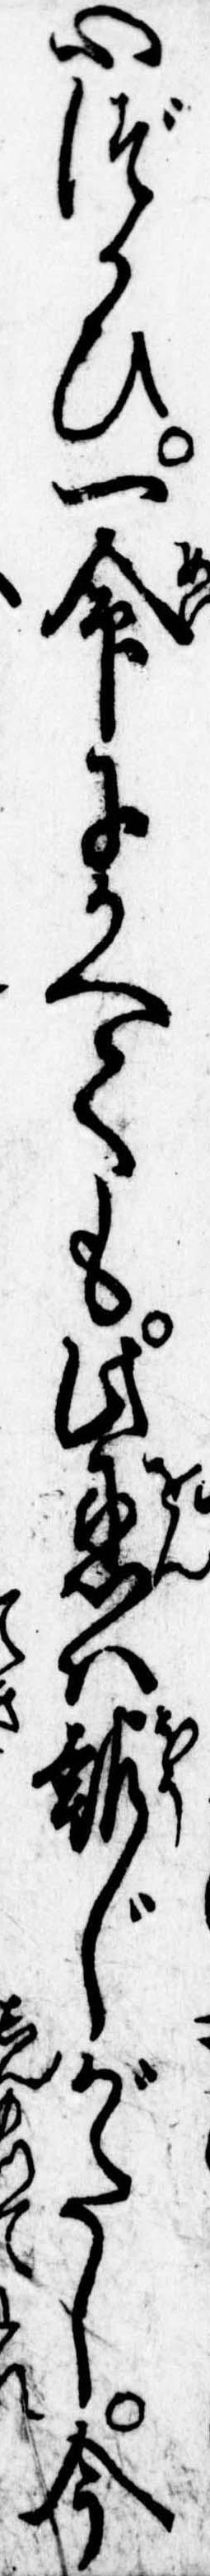
心づかひ一命にかへても此恩は報じがたし今